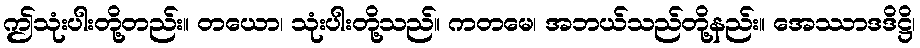
ဤသုံးပါးတို့တည်း။ တယော၊ သုံးပါးတို့သည်။ ကတမေ၊ အဘယ်သည်တို့နည်း။ အေဿာဒဒိဋ္ဌိ၊